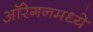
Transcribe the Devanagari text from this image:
ऑरेगनमध्ये